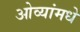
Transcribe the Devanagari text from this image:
ओव्यांमधे